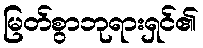
မြတ်စွာဘုရားရှင်၏